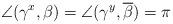
LaTeX: \begin{align*}\angle(\gamma^{x},\beta)=\angle(\gamma^{y},\overline{\beta})=\pi\end{align*}